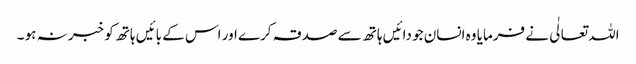
اللہ تعالٰی نے فرمایا وہ انسان جو دائیں ہاتھ سے صدقہ کرے اور اس کے بائیں ہاتھ کو خبر نہ ہو ۔